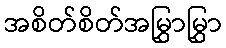
အစိတ်စိတ်အမြွှာမြွှာ